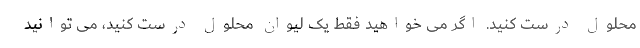
محلول درست کنید. اگر می خواهید فقط یک لیوان محلول درست کنید، می توانید